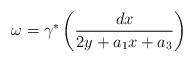
\begin{align*}\omega=\gamma^{*}\left( \frac{dx}{2y + a_1x + a_3} \right)\end{align*}